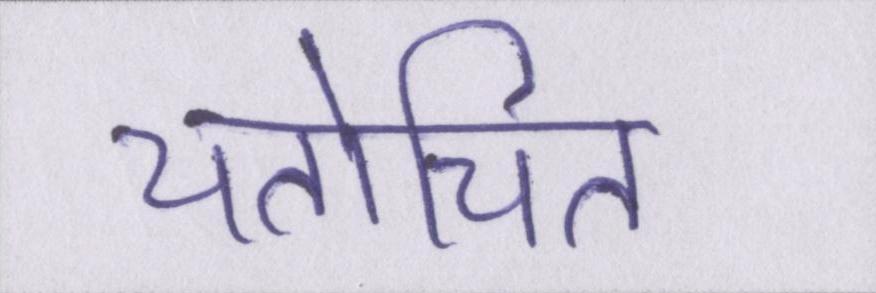
यतोचित